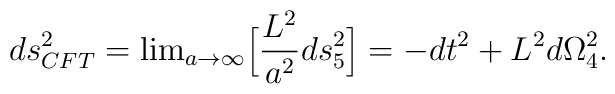
ds^2_{CFT} = {\rm lim}_{a \rightarrow \infty} \Big[{L^2\over{a^2}} ds_5^2 \Big] = -dt^2 + L^2 d\Omega_4^2.